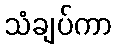
သံချပ်ကာ